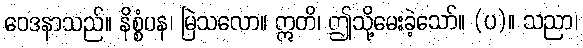
ဝေဒနာသည်။ နိစ္စံပန၊ မြဲသလော။ ဣတိ၊ ဤသို့မေးခဲ့သော်။ (ပ)။ သညာ၊